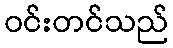
ဝင်းတင်သည်